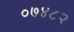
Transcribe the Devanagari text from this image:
०७४८२